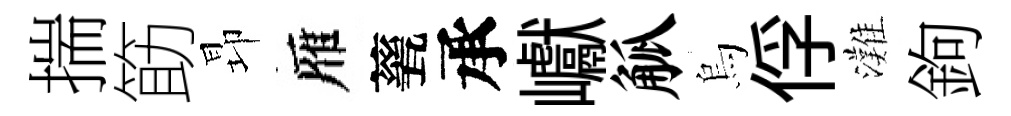
揣筯昻雁甆承巘觚烏俘灘鉤